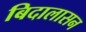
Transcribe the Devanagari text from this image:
बिदालासन